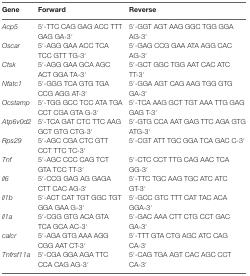
| Gene | Forward | Reverse |
 | --- | --- | --- |
 | Acp5 | 5′-TTC CAG GAG ACC TTT GAG GA-3′ | 5′-GGT AGT AAG GGC TGG GGA AG-3′ |
 | Oscar | 5′-AGG GAA ACC TCA TCC GTT TG-3′ | 5′-GAG CCG GAA ATA AGG CAC AG-3′ |
 | Ctsk | 5′-AGG GAA GCA AGC ACT GGA TA-3′ | 5′-GCT GGC TGG AAT CAC ATC TT-3′ |
 | Nfatc1 | 5′-GGG TCA GTG TGA CCG AGG AT-3′ | 5′-GGA AGT CAG AAG TGG GTG GA-3′ |
 | Ocstamp | 5′-TGG GCC TCC ATA TGA CCT CGA GTA G-3′ | 5′-TCA AAG GCT TGT AAA TTG GAG GAG T-3′ |
 | Atp6v0d2 | 5′-TCA GAT CTC TTC AAG GCT GTG CTG-3′ | 5′-GTG CCA AAT GAG TTC AGA GTG ATG-3′ |
 | Rps29 | 5′-AGC CGA CTC GTT CCT TTC TC-3′ | 5′-CGT ATT TGC GGA TCA GAC C-3′ |
 | Tnf | 5′-AGC CCC CAG TCT GTA TCC TT-3′ | 5′-CTC CCT TTG CAG AAC TCA GG-3′ |
 | Il6 | 5′-CCG GAG AG GAGA CTT CAC AG-3′ | 5′-TTC TGC AAG TGC ATC ATC GT-3′ |
 | Il1b | 5′-ACT CAT TGT GGC TGT GGA GAA G-3′ | 5′-GCC GTC TTT CAT TAC ACA GGA-3′ |
 | Il1a | 5′-CGG GTG ACA GTA TCA GCA AC-3′ | 5′-GAC AAA CTT CTG CCT GAC GA-3′ |
 | calcr | 5′-AGA GTG AAA AGG CGG AAT CT-3′ | 5′-TTT GTA CTG AGC ATC CAG CA-3′ |
 | Tnfrsf11a | 5′-CGA GGA AGA TTC CCA CAG AG-3′ | 5′-CAG TGA AGT CAC AGC CCT CA-3′ |